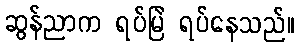
ဆွန်ညာက ရပ်မြဲ ရပ်နေသည်။